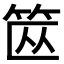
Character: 𱷶